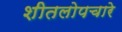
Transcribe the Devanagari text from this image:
शीतलोपचारे